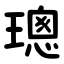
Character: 璁